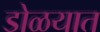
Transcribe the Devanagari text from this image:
डोळयात